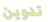
تدوين